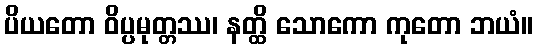
ပိယတော ဝိပ္ပမုတ္တဿ၊ နတ္ထိ သောကော ကုတော ဘယံ။